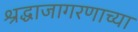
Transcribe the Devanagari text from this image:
श्रद्धाजागरणाच्या